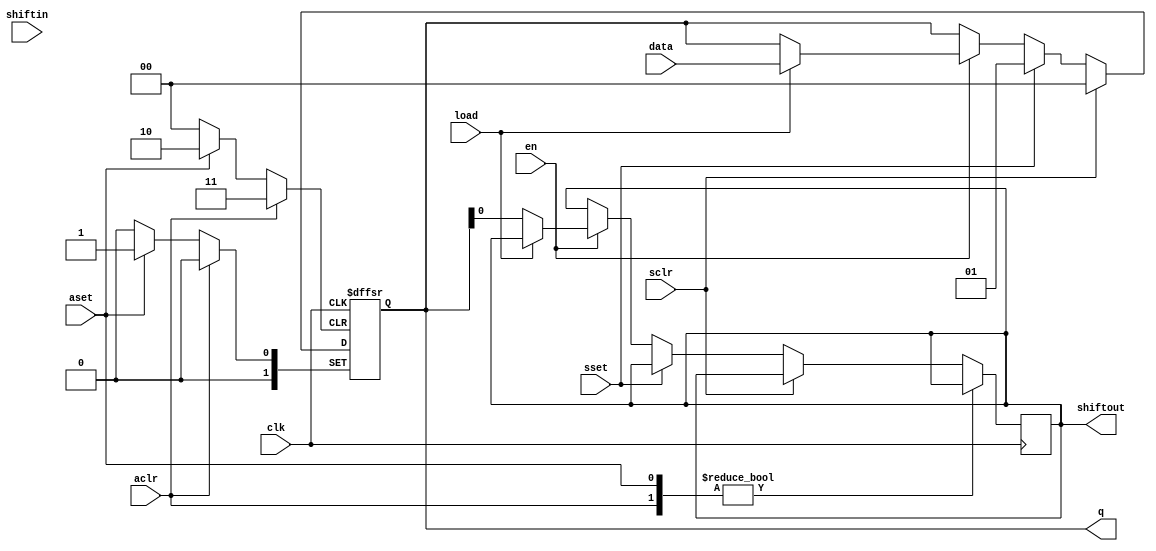
module par_shift_register(sclr,sset,aclr,aset,shiftin,load,data,clk,en,shiftout,q);
parameter LOAD_AVALUE = 1'h5 ;
parameter LOAD_SVALUE = 1'hF ;
parameter SHIFT_DIR = 1 ; // "0" for left "1" for right 
parameter SHIFT_WIDTH = 1'h8 ;

input aclr,aset,sclr,sset,shiftin,load,clk,en ;
input [SHIFT_WIDTH-1 : 0] data ;

output [SHIFT_WIDTH-1 : 0] q ;
output reg shiftout ;

reg [SHIFT_WIDTH-1 : 0] tmp ;

	always @(posedge clk or posedge aset or posedge aclr) begin
		if (aclr) 
			tmp[SHIFT_WIDTH-1 : 0] <= {SHIFT_WIDTH{1'b0}} ;
		else if (aset) 
			tmp[SHIFT_WIDTH-1 : 0] <= LOAD_AVALUE ;
		else if (sclr)
			tmp[SHIFT_WIDTH-1 : 0] <= {SHIFT_WIDTH{1'b0}} ;
		else if (sset) 
			tmp[SHIFT_WIDTH-1 : 0] <= LOAD_SVALUE ;
		else if (en)begin
			if(load) //load operation 
				tmp <= data;
			else begin //shift operation
				if(SHIFT_DIR)begin
				tmp <={shiftin,tmp[SHIFT_WIDTH-2:0]};//right
				shiftout <= tmp[0];
				end
				else begin 
				tmp <={tmp[SHIFT_WIDTH-1:1],shiftin};// left
				shiftout = tmp[SHIFT_WIDTH-1];
				end
			end
		end
	end
	assign q = tmp ;
endmodule